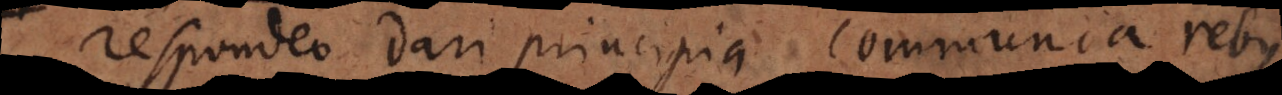
Respondeo dari principia communia